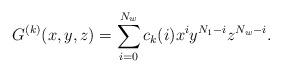
LaTeX: \begin{align*}G^{(k)}(x,y,z)=\sum_{i=0}^{N_{w}}c_{k}(i)x^{i}y^{N_{1}-i}z^{N_{w}-i}.\end{align*}